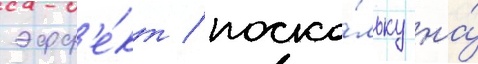
эфф'е́кт / поско́льку на́